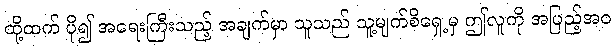
ထို့ထက် ပို၍ အရေးကြီးသည့် အချက်မှာ သူသည် သူ့မျက်စိရှေ့မှ ဤလူကို အပြည့်အဝ